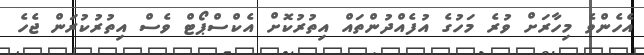
އެހެންވެ މިހާރަށް ވުރެ މަހުގެ އުފެއްދުންތައް އިތުރުކޮށް އެކްސްޕޯޓް ވެސް އިތުރުކުރަން ޖެހެ